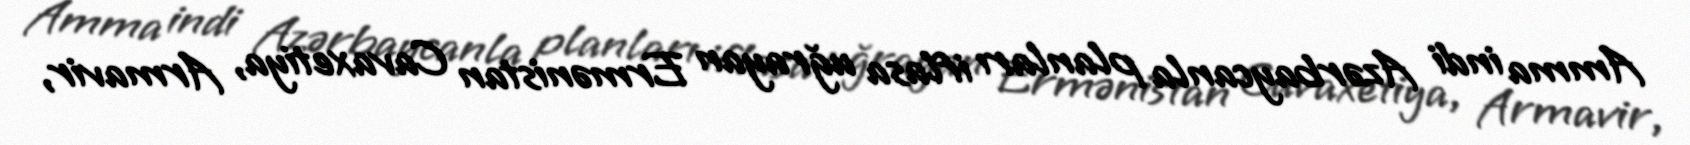
Amma indi Azərbaycanla planları iflasa uğrayan Ermənistan Cavaxetiya, Armavir,